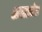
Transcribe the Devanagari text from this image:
अलाउंट